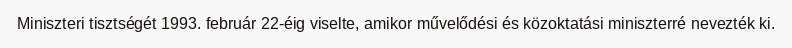
Miniszteri tisztségét 1993. február 22-éig viselte, amikor művelődési és közoktatási miniszterré nevezték ki.